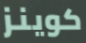
كوينز